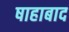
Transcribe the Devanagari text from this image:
षाहाबाद